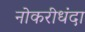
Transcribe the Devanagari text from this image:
नोकरीधंदा